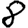
Digit: 8